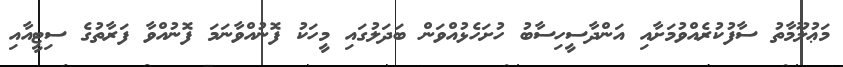
މަޢުލޫމާތު ސާފުކުރެއްވުމަށާއި އަންދާސީހިސާބު ހުށަހެޅުއްވަން ބަދަލުގައި މީހަކު ފޮނުއްވާނަމަ ފޮނުއްވާ ފަރާތުގެ ސިޓީއާއި